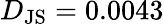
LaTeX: D_{\mathrm{JS}}=0.0043